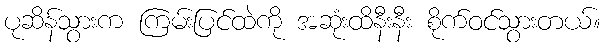
ပုဆိန်သွားက ကြမ်းပြင်ထဲကို အဆုံးထိနီးနီး စိုက်ဝင်သွားတယ်။